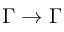
\Gamma \to \Gamma